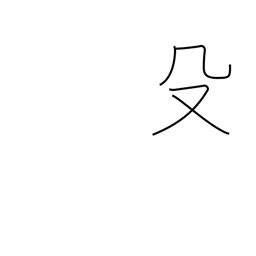
Meaning: pike